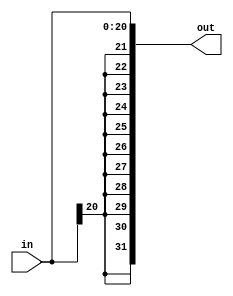
module sign_extend (
	input [20:0] in,
	output [31:0] out
);

assign out[31:21] = {11{in[20]}};
assign out [20:0] = in;

endmodule